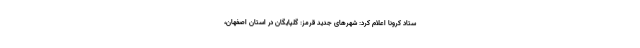
ستاد کرونا اعلام کرد: شهر‌های جدید قرمز: گلپایگان در استان اصفهان،